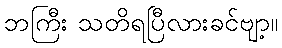
ဘကြီး သတိရပြီလားခင်ဗျာ့။